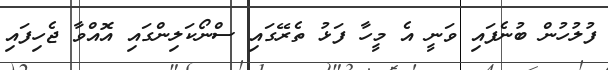
ފުލުހުން ބުނެފައި ވަނީ އެ މީހާ ފަޅު ތެރޭގައި ސްނޯކަލިންގައި އޮއްވާ ޖެހިފައި